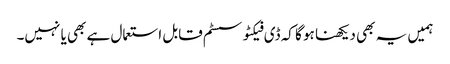
ہمیں یہ بھی دیکھنا ہو گا کہ ڈی فیکٹو سسٹم قابل استعمال ہے بھی یا نہیں۔